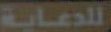
اللدعاية